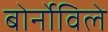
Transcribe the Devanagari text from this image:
बोर्नोविले